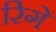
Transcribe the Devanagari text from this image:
रिंगें